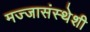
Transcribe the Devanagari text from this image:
मज्जासंस्थेशी